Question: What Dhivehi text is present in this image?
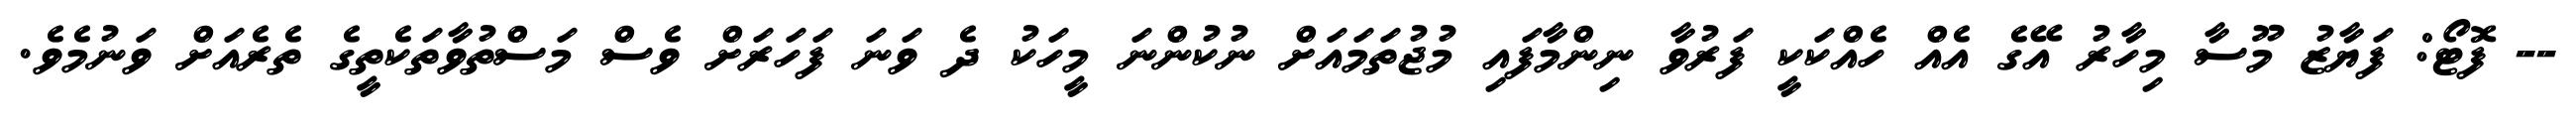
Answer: -- ފޮޓޯ: ފަޔާޒު މޫސާ މިހާރު އޭގެ އެއް ހެއްކަކީ ފަރުވާ ނިންމާފައި މުޖުތަމައަށް ނުކުންނަ މީހަކު ދެ ވަނަ ފަހަރަށް ވެސް މަސްތުވާތަކެތީގެ ތެރެއަށް ވަނުމެވެ.